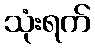
သုံးရက်